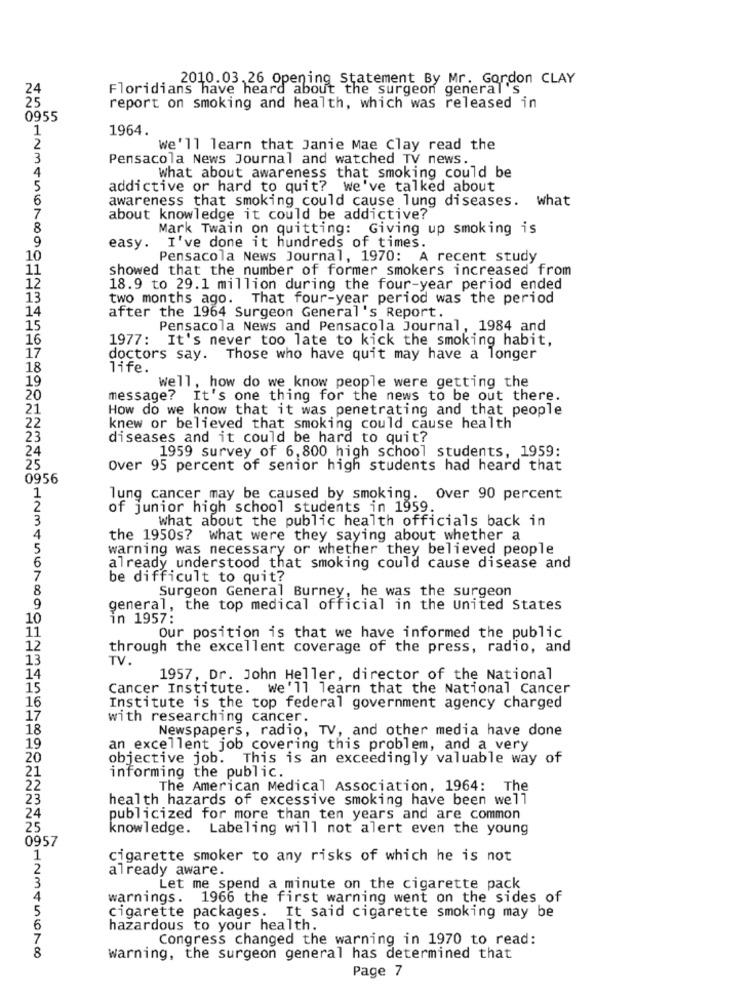
2010.03.26 Opening Statement By Mr. Gordon CLAY
24
Floridians have heard about the surgeon general's
25
report on smoking and health, which was released in
0955
1964.
1
2
We'll learn that Janie Mae Clay read the
3
Pensacola News Journal and watched TV news.
4
What about awareness that smoking could be
5
addictive or hard to quit? we've talked about
6
awareness that smoking could cause lung diseases. what
7
about knowledge it could be addictive?
8
Mark Twain on quitting: Giving up smoking is
9
easy.
I've done it hundreds of times.
10
Pensacola News Journal, 1970: A recent study
11
showed that the number of former smokers increased from
12
18.9 to 29.1 million during the four-year period ended
13
two months ago. That four-year period was the period
14
after the 1964 Surgeon General's Report.
15
Pensacola News and Pensacola Journal, 1984 and
16
1977: It's never too late to kick the smoking habit,
17
doctors say.
Those who have quit may have a longer
18
life.
19
well, how do we know people were getting the
20
message? It's one thing for the news to be out there.
21
How do we know that it was penetrating and that people
22
knew or believed that smoking could cause health
23
diseases and it could be hard to quit?
24
1959 survey of 6,800 high school students, 1959:
25
Over 95 percent of senior high students had heard that
0956
1
lung cancer may be caused by smoking.
Over 90 percent
2
of junior high school students in 1959.
3
what about the public health officials back in
4
the 1950s? what were they saying about whether a
5
warning was necessary or whether they believed people
6
already understood that smoking could cause disease and
7
be difficult to quit?
8
Surgeon General Burney, he was the surgeon
9
general, the top medical official in the United States
10
in 1957:
11
Our position is that we have informed the public
12
through the excellent coverage of the press, radio, and
13
TV.
14
1957, Dr. John Heller, director of the National
15
Cancer Institute. We'll learn that the National Cancer
16
Institute is the top federal government agency charged
17
with researching cancer.
18
Newspapers, radio, TV, and other media have done
19
an excellent job covering this problem, and a very
20
objective job. This is an exceedingly valuable way of
21
informing the public.
22
The American Medical Association, 1964: The
23
health hazards of excessive smoking have been well
24
publicized for more than ten years and are common
25
knowledge. Labeling will not alert even the young
0957
1
cigarette smoker to any risks of which he is not
2
already aware.
3
Let me spend a minute on the cigarette pack
4
warnings.
1966 the first warning went on the sides of
5
cigarette packages.
It said cigarette smoking may be
6
hazardous to your health.
Congress changed the warning in 1970 to read:
8
warning, the surgeon general has determined that
Page 7